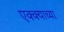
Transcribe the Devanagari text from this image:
एक्क्याच्या